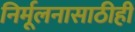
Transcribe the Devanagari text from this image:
निर्मूलनासाठीही